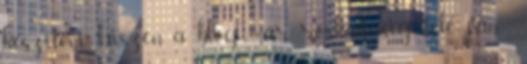
készíteni, hiszen a blog már roskadásig tele van .